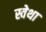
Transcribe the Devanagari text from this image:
स्वेथा